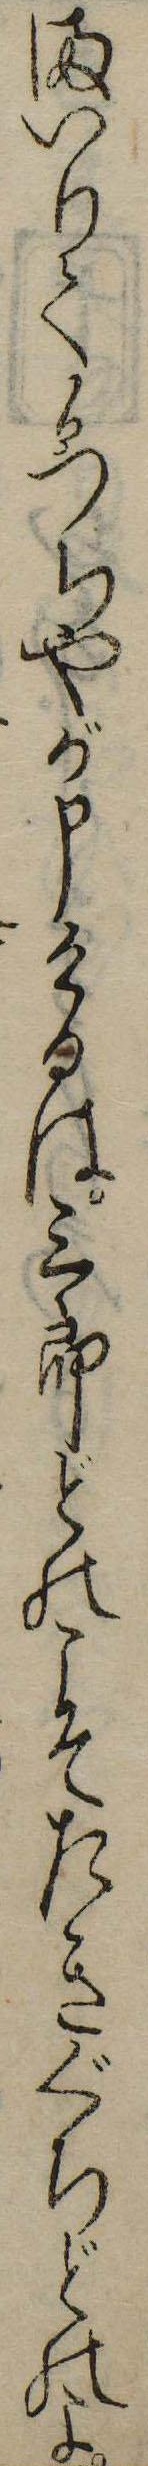
まいりてかつちやが申けるは三郎どのこそたきぐちどのよ